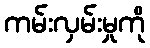
ကမ်းလှမ်းမှုကို